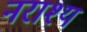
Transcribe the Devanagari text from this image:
नराश्य